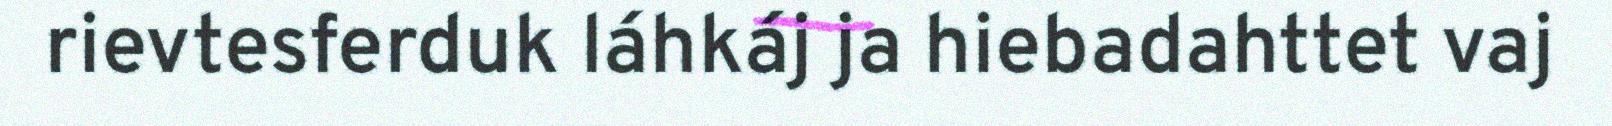
rievtesferduk láhkáj ja hiebadahttet vaj